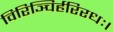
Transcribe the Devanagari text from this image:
विरिञ्चिर्हरिरधः।